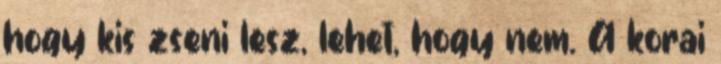
hogy kis zseni lesz, lehet, hogy nem. A korai